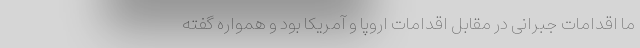
ما اقدامات جبرانی در مقابل اقدامات اروپا و آمریکا بود و همواره گفته